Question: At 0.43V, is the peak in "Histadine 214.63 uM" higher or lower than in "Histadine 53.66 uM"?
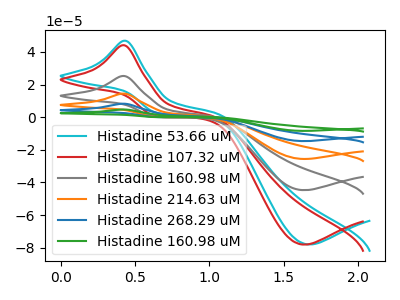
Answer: <think>The cyan curve "Histadine 53.66 uM" has an anodic peak at (0.45V, 46.90uA) and a cathodic peak at (1.65V, -78.00uA). The red curve "Histadine 107.32 uM" has an anodic peak at (0.45V, 44.15uA) and a cathodic peak at (1.65V, -78.10uA). The gray curve "Histadine 160.98 uM" has an anodic peak at (0.45V, 25.25uA) and a cathodic peak at (1.65V, -44.70uA). The orange curve "Histadine 214.63 uM" has an anodic peak at (0.45V, 50.55uA) and a cathodic peak at (1.65V, -89.45uA). The blue curve "Histadine 268.29 uM" has an anodic peak at (0.45V, 75.80uA) and a cathodic peak at (1.65V, -134.15uA). The green curve "Histadine 160.98 uM" has an anodic peak at (0.45V, 101.10uA) and a cathodic peak at (1.65V, -178.90uA).</think>
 <answer>The peak at 0.43V is higher in "Histadine 214.63 uM" than in "Histadine 53.66 uM".</answer>
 <eval>higher</eval>